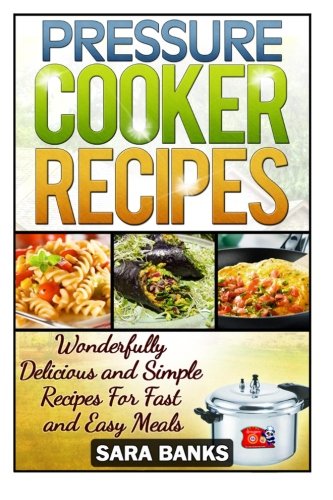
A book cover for Pressure Cooker Recipes: Wonderfully Delicious And Simple Recipes For Fast And Easy Meals (pressure cooker cookbook, pressure cooker, pressure cooking) (Volume 1); Sara Banks; Cookbooks, Food & Wine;